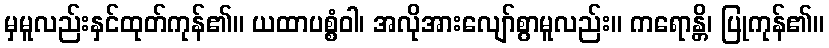
မှမူလည်းနှင်ထုတ်ကုန်၏။ ယထာပစ္စံဝါ၊ အလိုအားလျော်စွာမူလည်း။ ကရောန္တိ၊ ပြုကုန်၏။